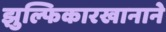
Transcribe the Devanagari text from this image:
झुल्फिकारखानाने